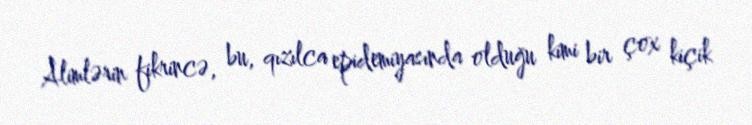
Alimlərin fikrincə, bu, qızılca epidemiyasında olduğu kimi bir çox kiçik